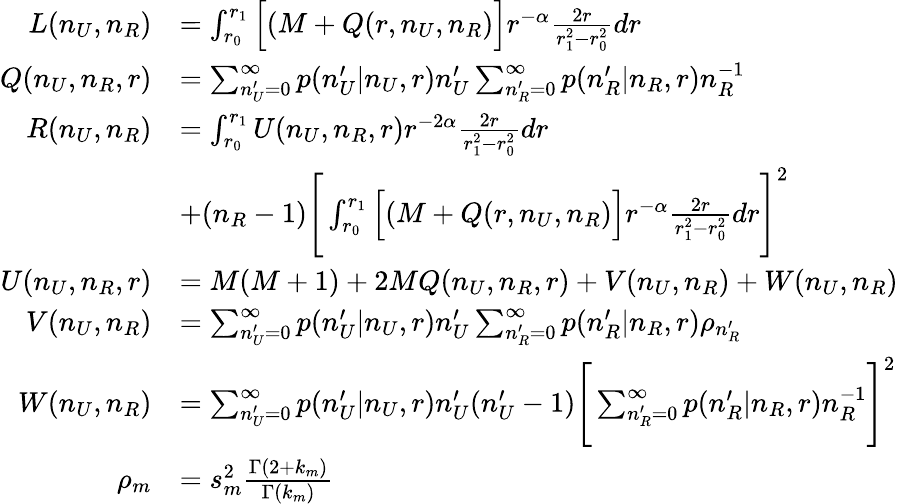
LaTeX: \begin{array}{rl}{L(n_{U},n_{R})}&{=\int_{r_{0}}^{r_{1}}\Big[(M+Q(r,n_{U},n_{R})\Big]r^{-\alpha}\frac{2r}{r_{1}^{2}-r_{0}^{2}}dr}\\ {Q(n_{U},n_{R},r)}&{=\sum_{n_{U}^{\prime}=0}^{\infty}p(n_{U}^{\prime}|n_{U},r)n_{U}^{\prime}\sum_{n_{R}^{\prime}=0}^{\infty}p(n_{R}^{\prime}|n_{R},r)n_{R}^{-1}}\\ {R(n_{U},n_{R})}&{=\int_{r_{0}}^{r_{1}}U(n_{U},n_{R},r)r^{-2\alpha}\frac{2r}{r_{1}^{2}-r_{0}^{2}}dr}\\ &{+(n_{R}-1)\Bigg[\int_{r_{0}}^{r_{1}}\Big[(M+Q(r,n_{U},n_{R})\Big]r^{-\alpha}\frac{2r}{r_{1}^{2}-r_{0}^{2}}dr\Bigg]^{2}}\\ {U(n_{U},n_{R},r)}&{=M(M+1)+2MQ(n_{U},n_{R},r)+V(n_{U},n_{R})+W(n_{U},n_{R})}\\ {V(n_{U},n_{R})}&{=\sum_{n_{U}^{\prime}=0}^{\infty}p(n_{U}^{\prime}|n_{U},r)n_{U}^{\prime}\sum_{n_{R}^{\prime}=0}^{\infty}p(n_{R}^{\prime}|n_{R},r)\rho_{n_{R}^{\prime}}}\\ {W(n_{U},n_{R})}&{=\sum_{n_{U}^{\prime}=0}^{\infty}p(n_{U}^{\prime}|n_{U},r)n_{U}^{\prime}(n_{U}^{\prime}-1)\Bigg[\sum_{n_{R}^{\prime}=0}^{\infty}p(n_{R}^{\prime}|n_{R},r)n_{R}^{-1}\Bigg]^{2}}\\ {\rho_{m}}&{=s_{m}^{2}\frac{\Gamma(2+k_{m})}{\Gamma(k_{m})}}\end{array}